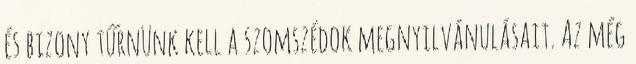
és bizony tűrnünk kell a szomszédok megnyilvánulásait. Az még